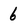
Character: 6